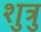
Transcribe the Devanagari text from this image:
शुत्रु